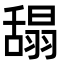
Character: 𦧭